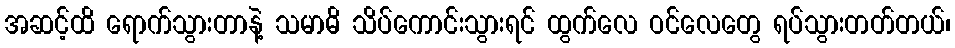
အဆင့်ထိ ရောက်သွားတာနဲ့ သမာဓိ သိပ်ကောင်းသွားရင် ထွက်လေ ဝင်လေတွေ ရပ်သွားတတ်တယ်၊